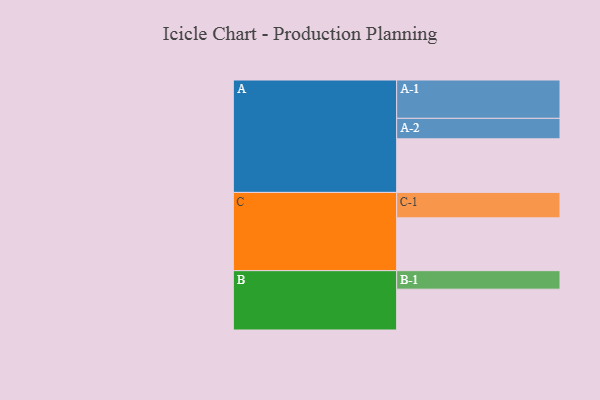
{"axis": {"x": "Segment", "y": "Value"}, "legend": ["", "A", "B", "C"], "data": [{"x": "A", "y": 411, "type": ""}, {"x": "B", "y": 313, "type": ""}, {"x": "C", "y": 405, "type": ""}, {"x": "A-1", "y": 294, "type": "A"}, {"x": "A-2", "y": 157, "type": "A"}, {"x": "B-1", "y": 142, "type": "B"}, {"x": "C-1", "y": 195, "type": "C"}]}